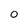
Character: 0